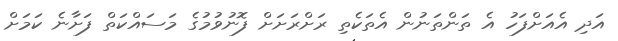
އަދި އެއަށްފަހު އެ ތަންތަނުން އެތަކެތި ރަށްރަށަށް ފޮނުވުމުގެ މަސައްކަތް ފަށާނެ ކަމަށް